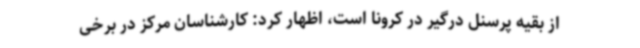
از بقیه پرسنل درگیر در کرونا است، اظهار کرد: کارشناسان مرکز در برخی